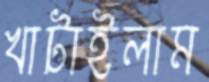
খাটাইলাম